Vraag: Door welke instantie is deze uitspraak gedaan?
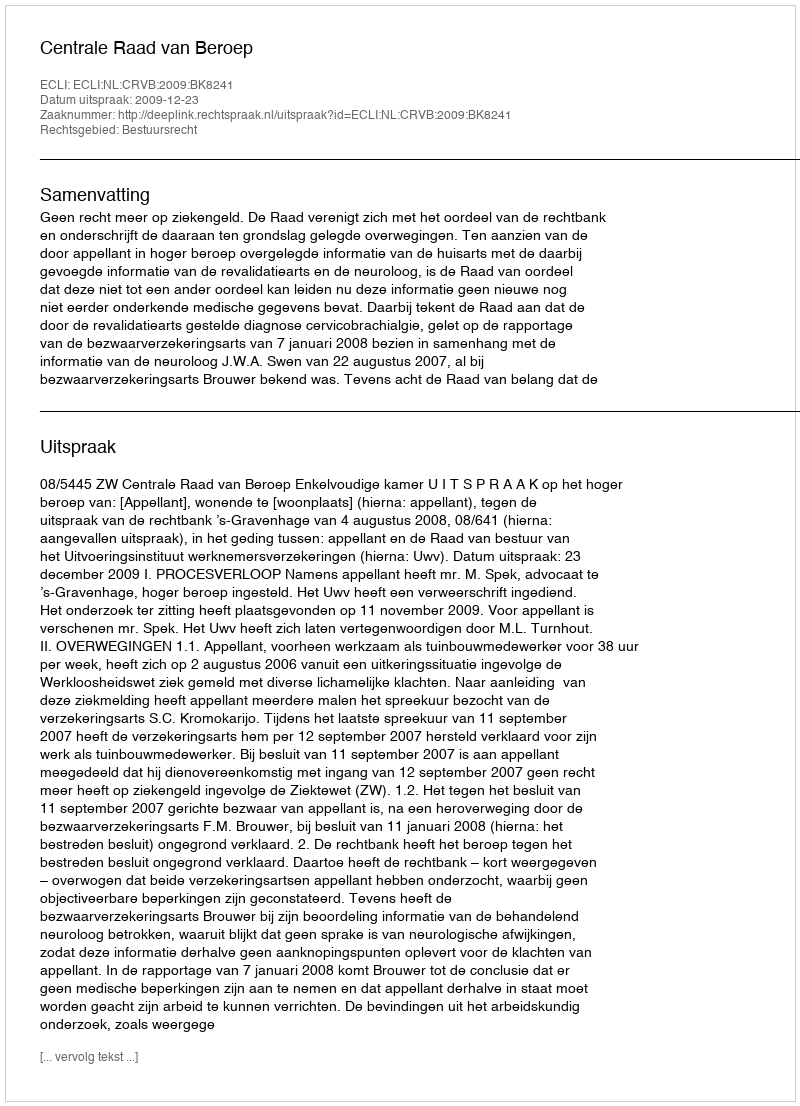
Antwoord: Centrale Raad van Beroep